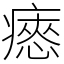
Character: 瘱